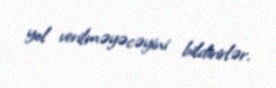
yol verilməyəcəyini bildirirlər.